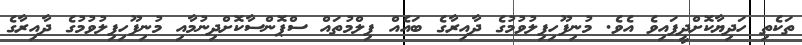
ތަކެތި ހަދިޔާކޮށްދީފައިވެ އެވެ. މުނިފޫހިފިލުވުމުގެ ދާއިރާގެ ބައެއް ފިލްމުތައް ސްޕޮންސާކޮށްދިނުމާއި މުނިފޫހިފިލުވުމުގެ ދާއިރާގެ